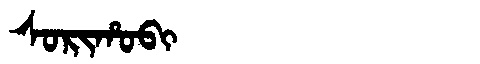
Manchu: ᠰᠣᡵᡳᡥᠣᠪᡳ
Romanization: SORIHOBI